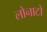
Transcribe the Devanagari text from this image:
लोनाटो